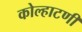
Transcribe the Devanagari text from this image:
कोल्हाटणी